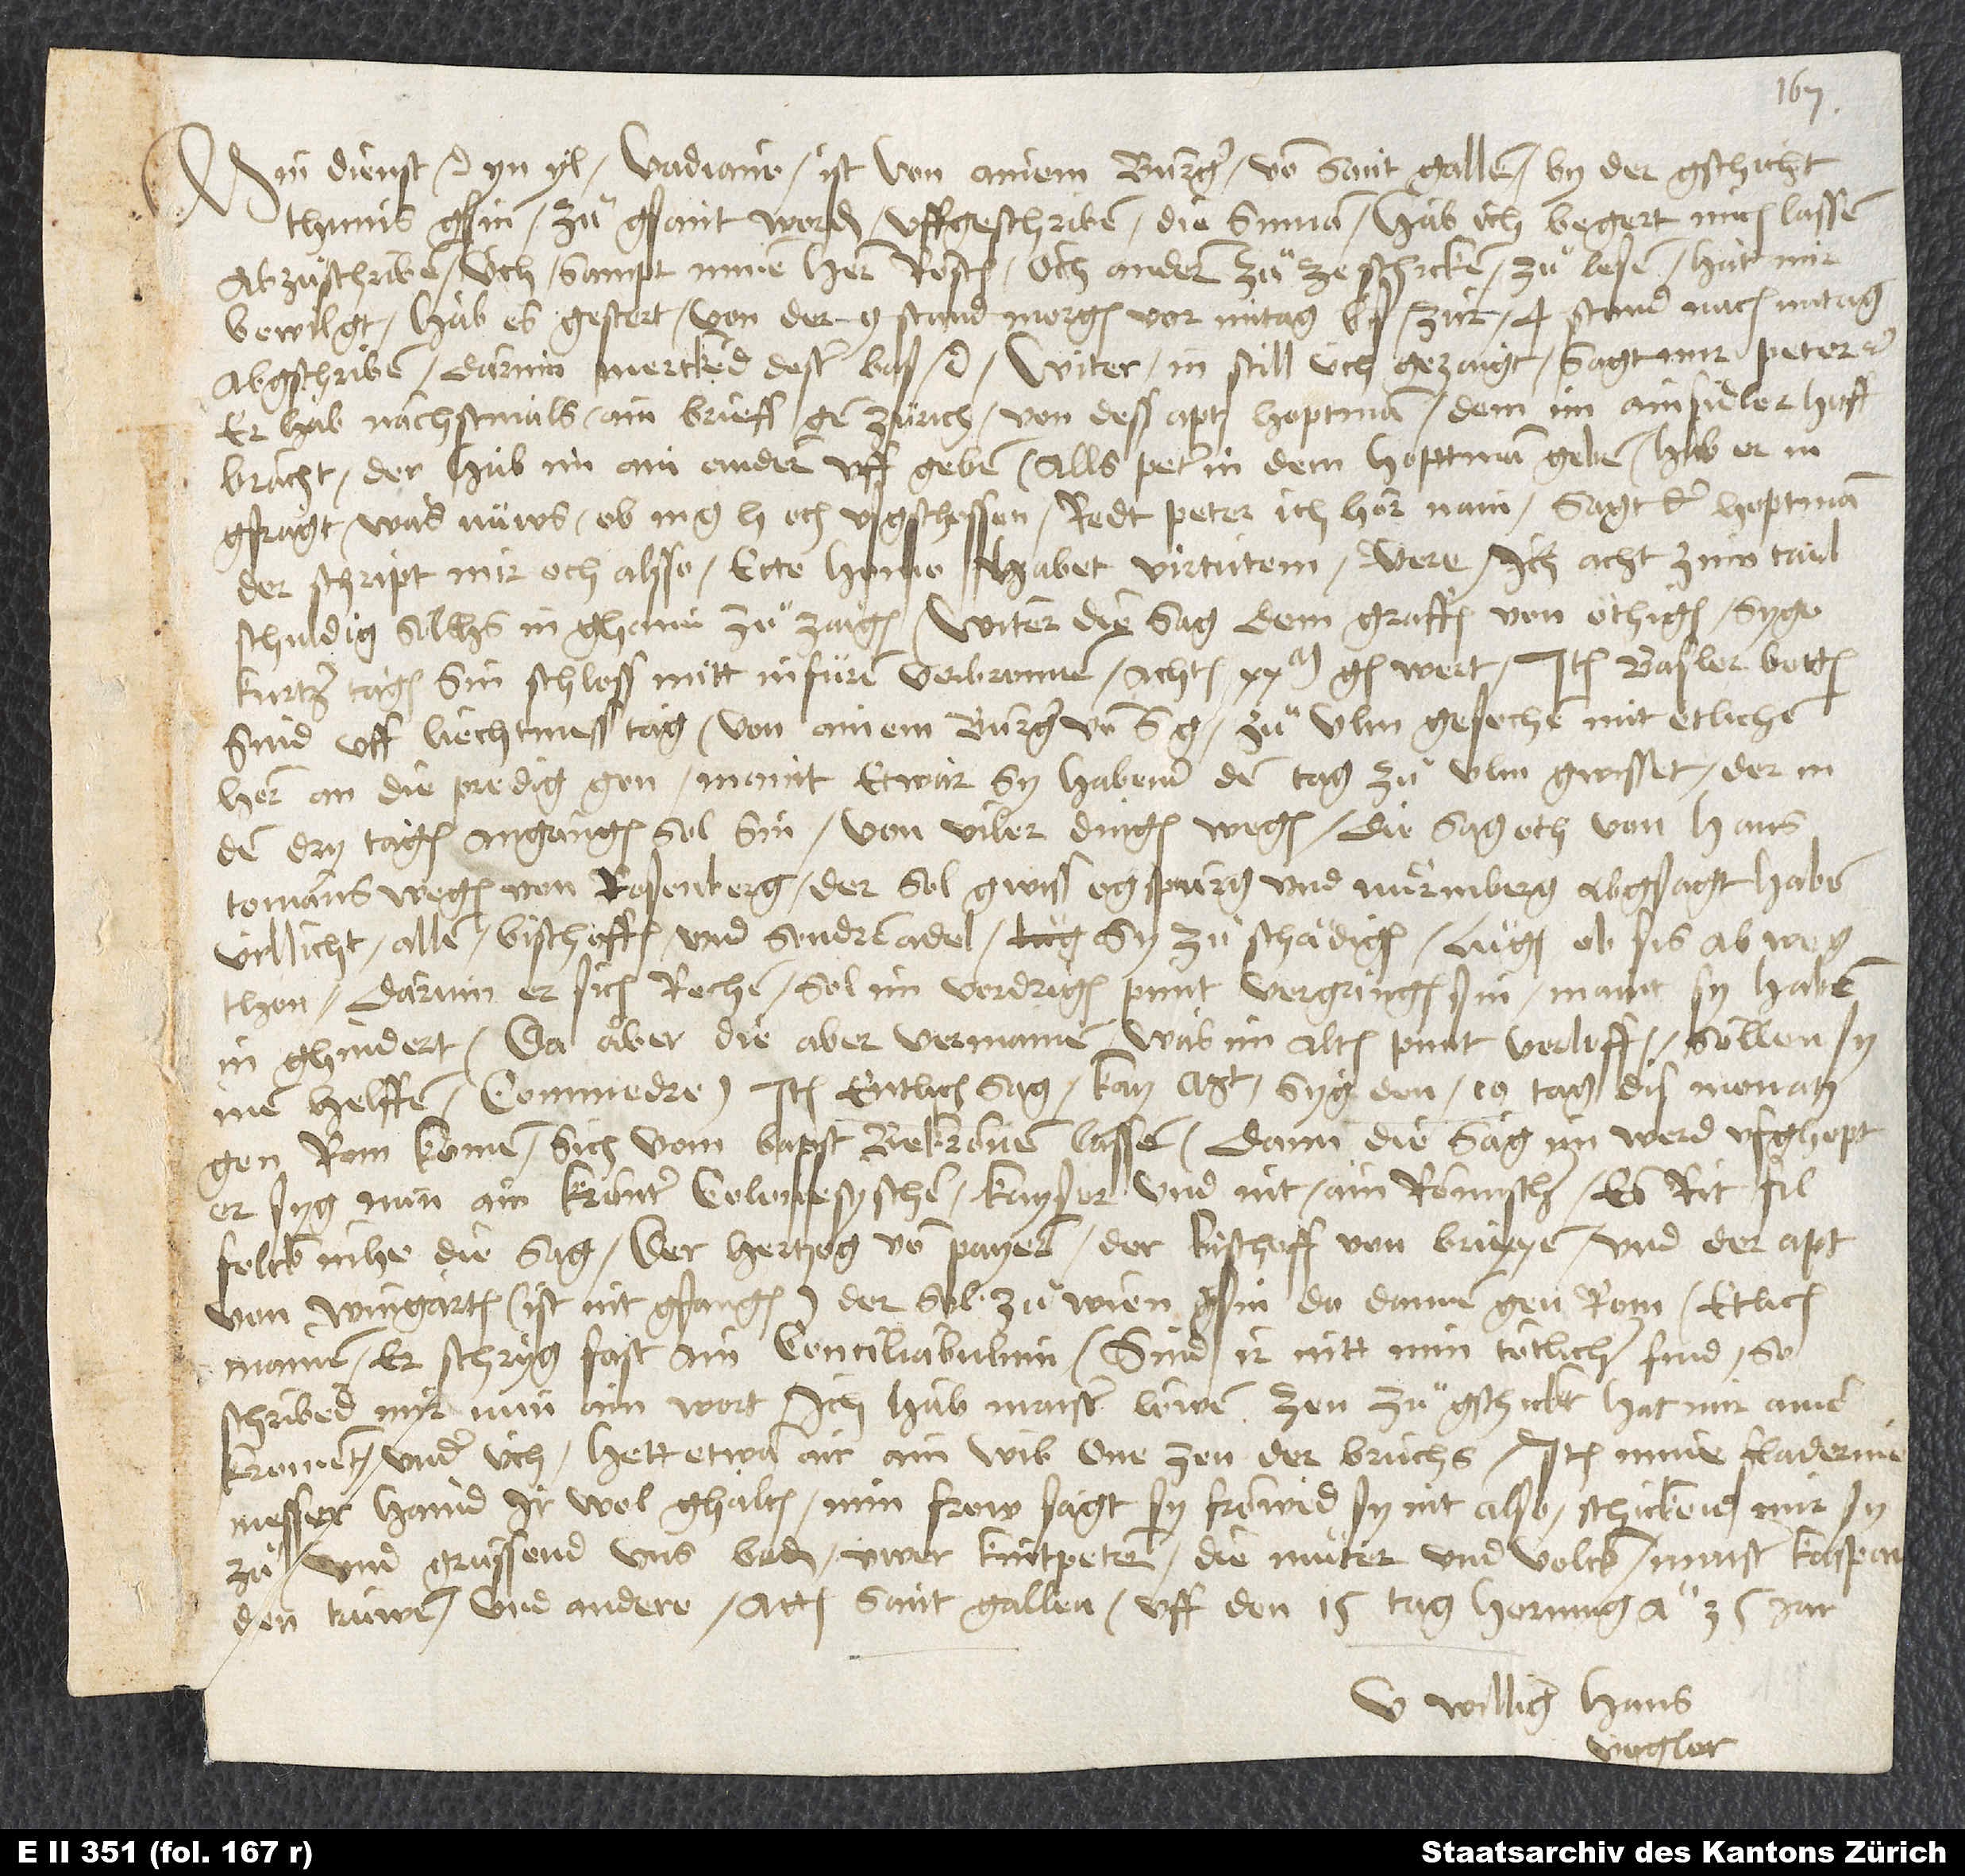
Min dienst etc. Yn yl. Vadiano ist von ainem burger von Sant Gallen, by der gschicht
Thunis gsin, zuͦgsant worden, uffgeschriben die summa. Hab ich begert, mich lassen
abzuͦschriben, üch sampt minem hern Rösten, och andern, zuͦͦzeschicken, zuͦ lesen. Hat mir
bewilgt. Hab es gestert von der 9. stund morgen vor mitag bis zur 4. stund nach mitag
abgschriben; darinn merckend dester bas etc. Witer, in still üch gezaigt, sagt mir Peter etc.,
er hab nächstmals ain brieff gen Zürich von dess aptz hoptman dem im Ainsidler hoff
bracht; der hab im ain andern uffgeben. Alls Peter in dem hoptman geben, hab er in
gfragt, was nüws, ob m och usgschossen. Redt Peter: "Ich hör nain." Sagt der hoptman:
"Der schript mir och alsso. Ecce homo habet virtutem, vere." Ich acht zum tail
schuldig, sölchs in ghaim zuͦ zaigen. Witer die sag, dem graffen von Othigen syge
kurtzer tagen sin schloss mitt infüren verbronnen. Achten 20000 g wert. Item Basler botten
sind uff liechtmess tag von ainem burger von Szu Ulm gesechen mit etlichen
hern an die predig gon. Maint etwar, sy habend den tag zuͦ Ulm gwisset, der in
den dry tagen angangen sol sin von viler dingen wegen. Die sag och von Hans
Tomans wegen von Rosenberg, der sol gwiss Ogspurg und Nuͦrmberg abgsagt haben,
villicht allen bischoffen und sondrem adel, sy zuͦ schädigen; luͦgen, ob sis abweg
thon. Darum er sich rechen, sol im vordrigen punt vergangen sin. Maint, sy haben
in ghindert. Da aber die aber vermainen, was im alten punt verloffen, söllen sy
inen helffen commedre. Item entlich sag, kayt syg den 10. tag dis monatz
gen Rom komen, sich vom bapst bekrönen lassen. Dann die sag, im werd ufghept,
er syg nun ain krönter colonesyscher kayser und nit ain römischer. Es rit fil
folck inhe; die sag, der hertzog von Payern, der bischoff vonBrixxen und der apt
von Wingarten (ist nit gfangen), der sol zuͦ Wien gsin, da dannen gen Rom. Etlich
mainen, er schryg fast ain conciliabulum. Sind ir nitt min tötlicher find, so
schribend mir nun ain wort. Ich hab Maister Löwen zen zuͦgschickt. Hat mir ainer
krommet under üch. Hett etwan air ain wib one zen, der bruchs. Item mine fladerine
messer haind ir wol ghalten. Min frow sagt, sy fröwid sy nit also. Schickend mir sy
zuͦ und grüssend uns beden uwer kintpetern, die muͦter und volck, maister Kaspar,
den trüwen, und andere. Actum Sant Gallen, uff den 15. tag hornung anno 35. jar.
U williger Hans